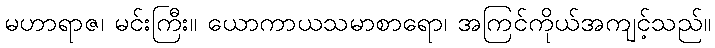
မဟာရာဇ၊ မင်းကြီး။ ယောကာယသမာစာရော၊ အကြင်ကိုယ်အကျင့်သည်။